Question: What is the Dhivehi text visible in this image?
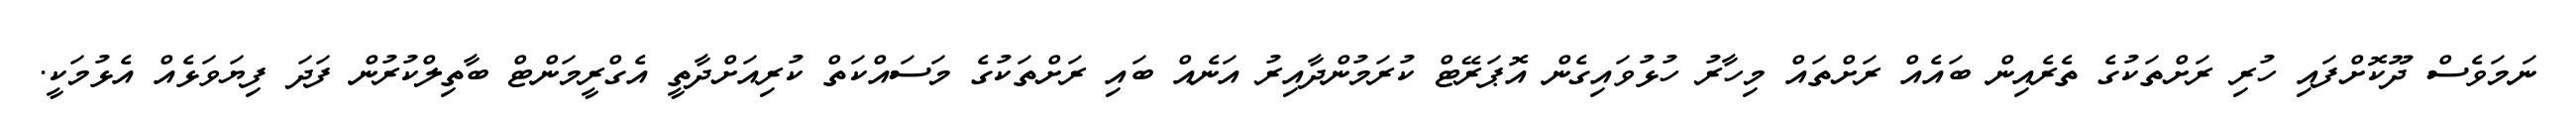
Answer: ނަމަވެސް ދޫކޮށްފައި ހުރި ރަށްތަކުގެ ތެރެއިން ބައެއް ރަށްތައް މިހާރު ހުޅުވައިގެން އޮޕަރޭޓް ކުރަމުންދާއިރު އަނެއް ބައި ރަށްތަކުގެ މަސައްކަތް ކުރިއަށްދާތީ އެގްރީމަންޓް ބާތިލްކުރުން ފަދަ ފިޔަވަޅެއް އެޅުމަކީ.